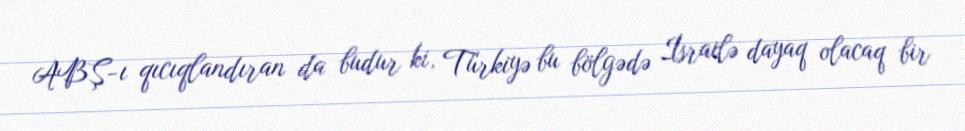
ABŞ-ı qıcıqlandıran da budur ki, Türkiyə bu bölgədə İsrailə dayaq olacaq bir